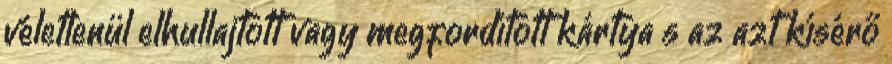
véletlenül elhullajtott vagy megfordított kártya s az azt kísérő